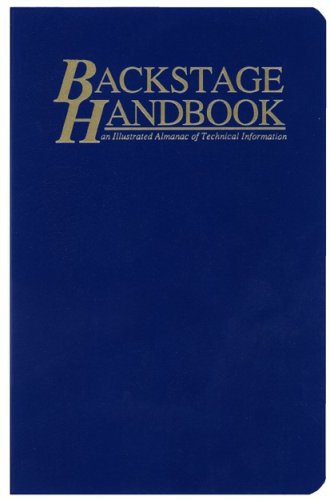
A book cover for The Backstage Handbook: An Illustrated Almanac of Technical Information; Paul Carter; Humor & Entertainment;